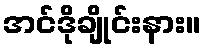
အင်ဒိုချိုင်းနား။